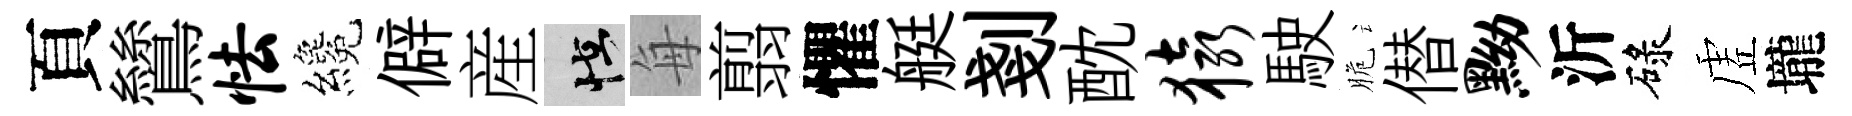
頁鷥怯纔僻産怪每翦懼艇剗酖猿駛脆僣黝沂碌虗壠